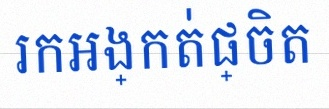
រកអង្កត់ផ្ចិត